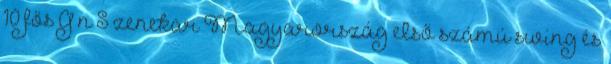
10 fős G’n’S zenekar Magyarország első számú swing és